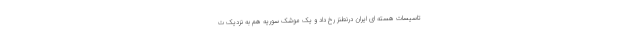
تاسیسات هسته ای ایران درنطنز رخ داد و یک موشک سوریه هم به نزدیک ت